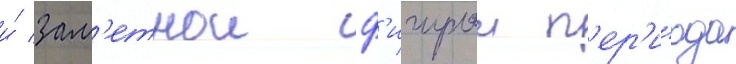
и́ зам'етнои ф'игурои п'ер'и́ода